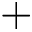
+